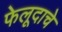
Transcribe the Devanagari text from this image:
फेलूदाचे